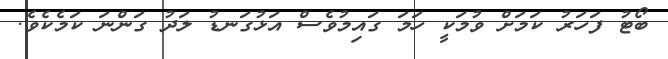
ބޯޓު ފަހަރު ކަމަށް ވުމަކީ ހަމަ ގައިމުވެސް އަޅުގަނޑު ލަދު ގަންނަ ކަމެކެވެ.